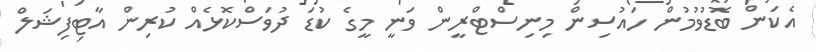
އެކަން ބޮޑުވުމުން ހައުސިން މިނިސްޓްރީން ވަނީ މީގެ ކުޑަ ދުވަސްކޮޅެއް ކުރިން އާޓިފިޝަލް